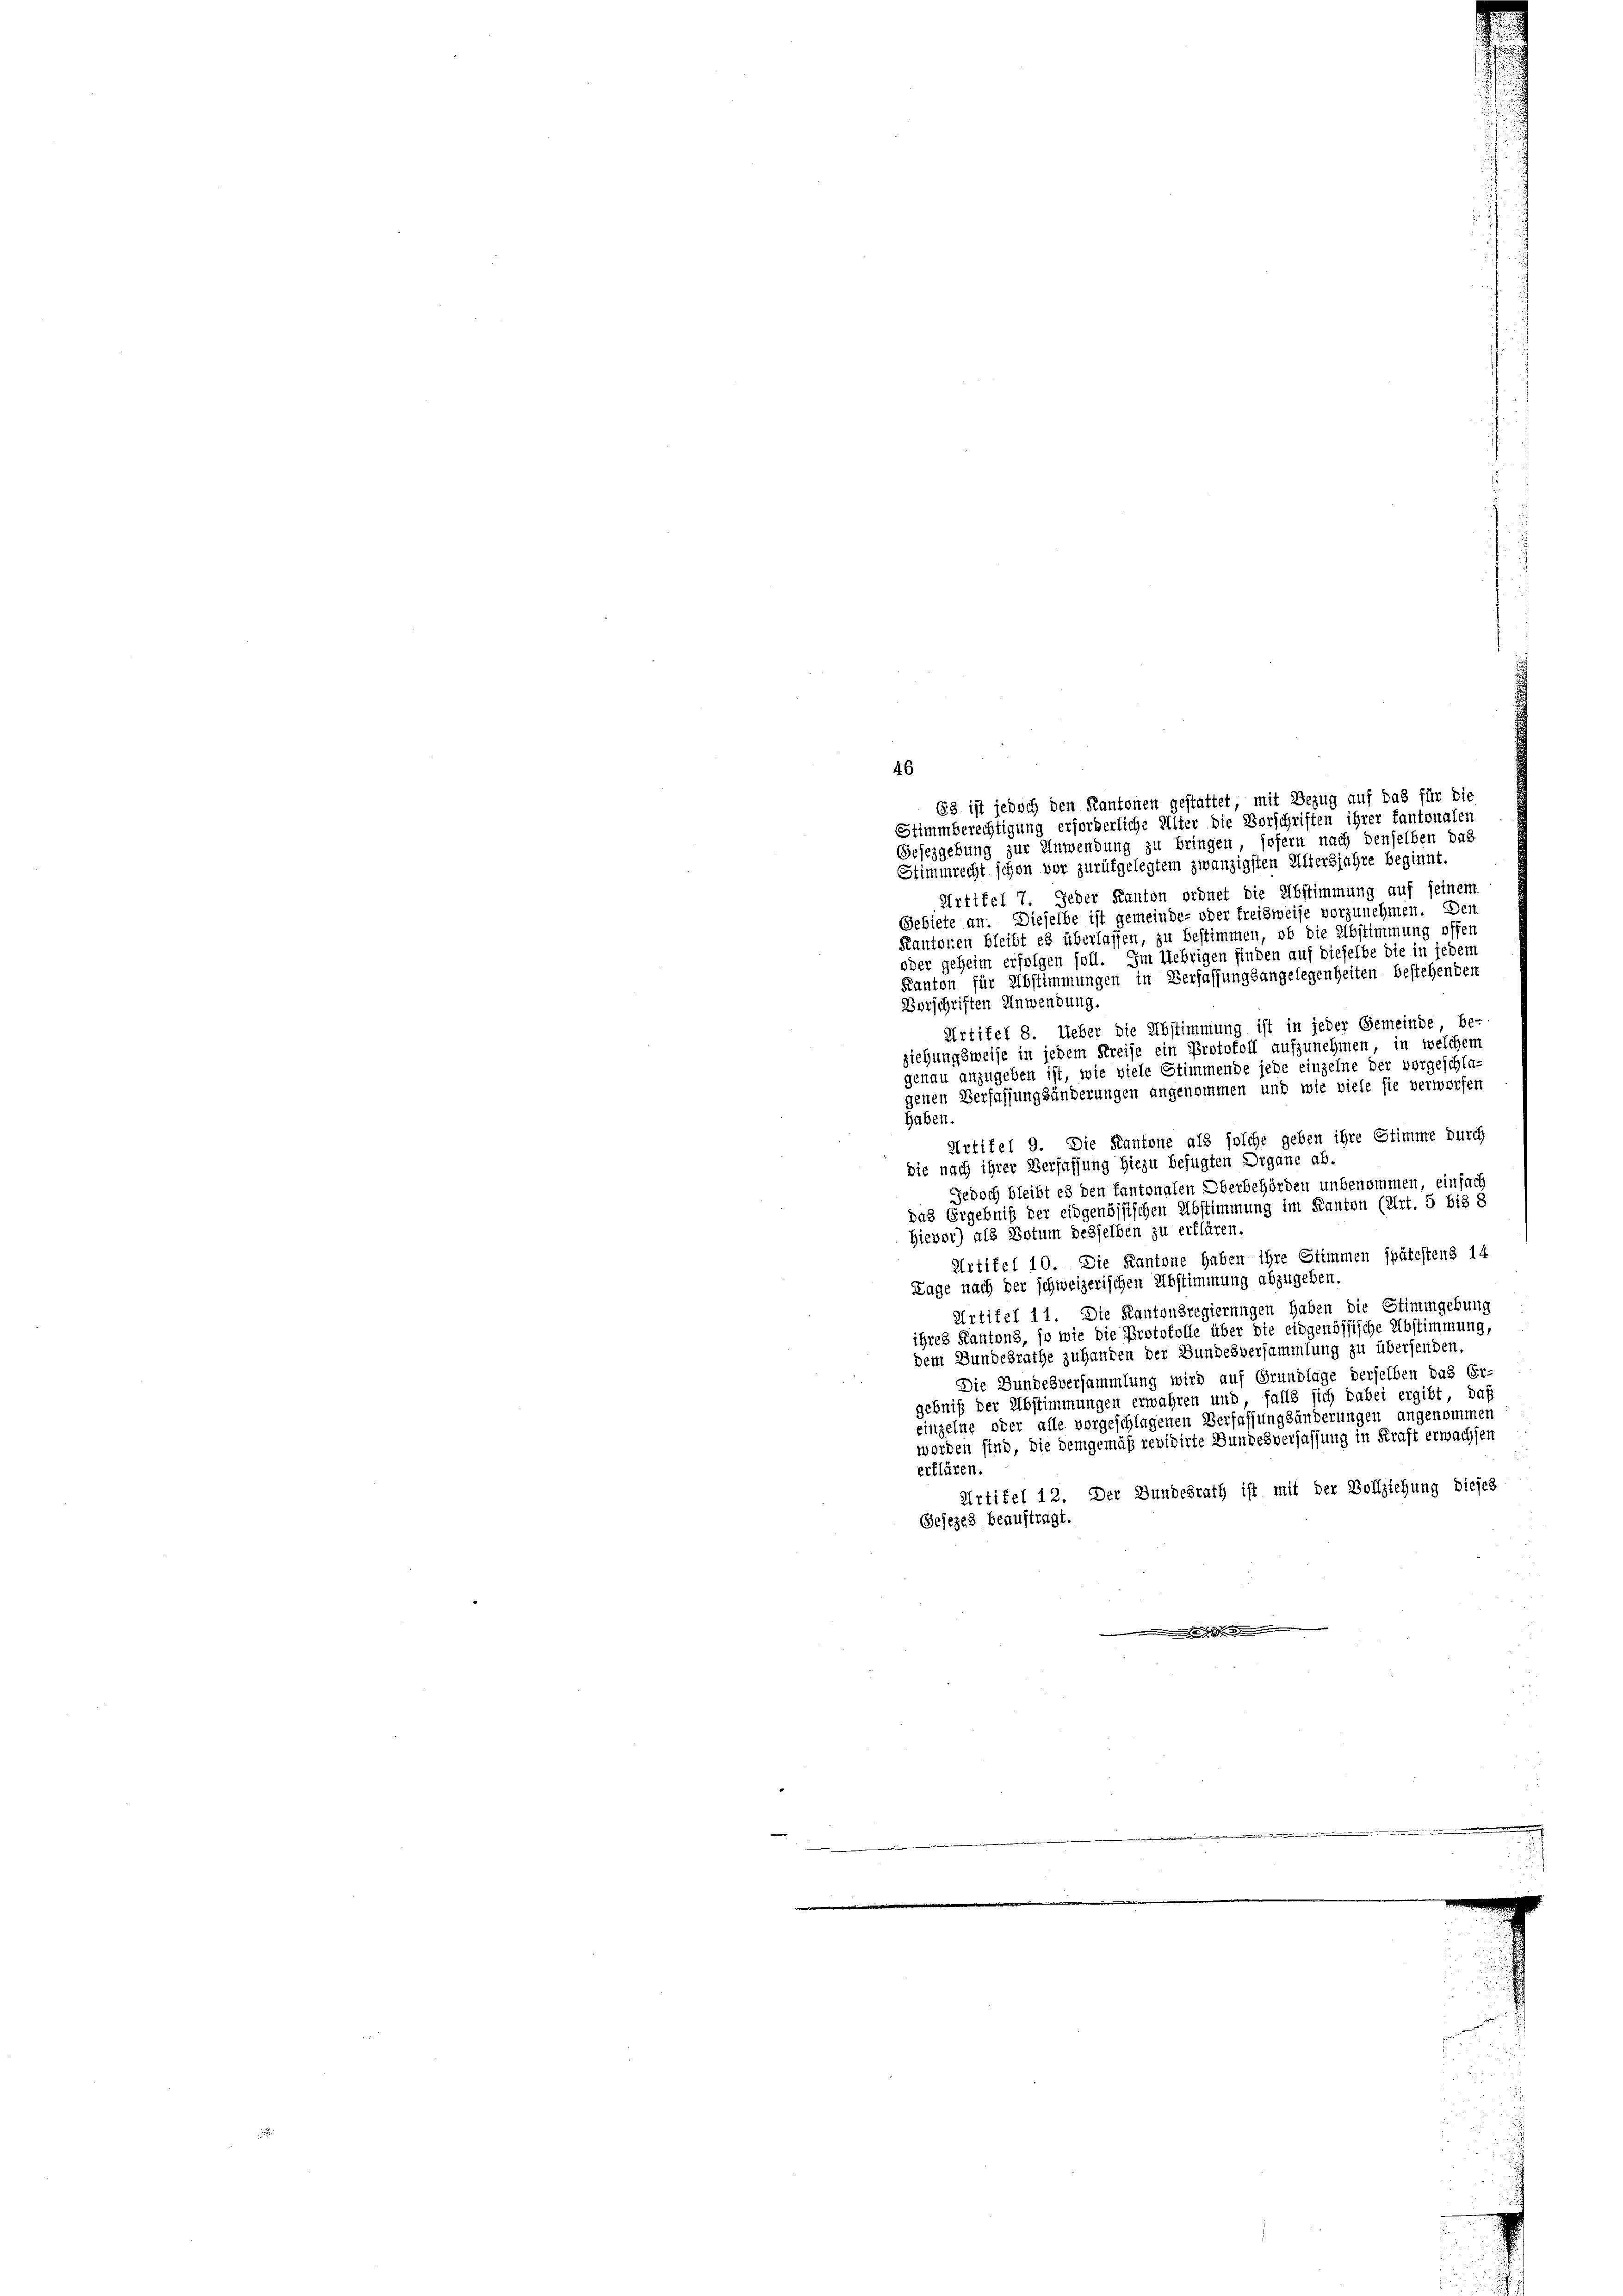
46

63 ist jedoch den Kantonen gestattet, mit Bezug auf das für die
Stimmberechtigung erforderliche Alter die Vorschriften ihrer tantonalen
Gesezgebung zur Anwendung zu bringen, sofern nach denselben das
Stimmrecht schon vor zurükgelegtem zwanzigsten Altersjahre beginnt.
Artikel 7. Jeder Kanton ordnet die Abstimmung auf seinem
Gebiete an: Dieselbe ist gemeinde- oder freisweise vorzunehmen. Den
Kantonen bleibt es überlassen, zu bestimmen, ob die Abstimmung offen
oder geheim erfolgen soll. Im Uebrigen finden auf dieselbe die in jedem
Kanton für Abstimmungen in Verfassungsangelegenheiten bestehenden
Vorschriften Anwendung.
Artikel 8. Ueber die Abstimmung ist in jeder Gemeinde, be-
ziehungsweise in jedem Kreise ein Protokoll aufzunehmen, in welchem
genau anzugeben ist, wie viele Stimmende jede einzelne der vorgeschla-
jenen Verfassungsänderungen angenommen und wie viele sie verworfen
haben.
Artifel 9. Die Kantone als solche geben ihre Stimme durch
die nach ihrer Verfassung hiezu befugten Organe ab.
Jedoch bleibt es den kantonalen Oberbehörden unbenommen, einfach
das Ergebniß der eidgenössischen Abstimmung im Kanton (Art. 5 bis 8
Hievor) als Votum desselben zu erklären.
Artikel 10. Die Kantone haben ihre Stimmen spätestens 14
Lage nach der schweizerischen Abstimmung abzugeben.
Urtifel 11. Die Kantonsregierungen haben die Stimmgebung
ihres Kantons, so wie die Protokolle über die eidgenössische Abstimmung,
dem Bundesrathe zuhanden der Bundesversammlung zu übersenden.
Die Bundesversammlung wird auf Grundlage derselben das Er-
gebniß der Abstimmungen erwahren und, falls sich dabei ergibt, daß
einzelne oder alle vorgeschlagenen Verfassungsänderungen angenommen
worden sind, die Demgemäß revidirte Bundesverfassung in Kraft erwachsen
erklären.
Artikel 12. Der Bundesrath ist mit der Vollziehung dieses
Gesezes beauftragt.
.